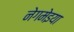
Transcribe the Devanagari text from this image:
नेगमेइया